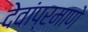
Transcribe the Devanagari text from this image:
देवांप्रमाणे